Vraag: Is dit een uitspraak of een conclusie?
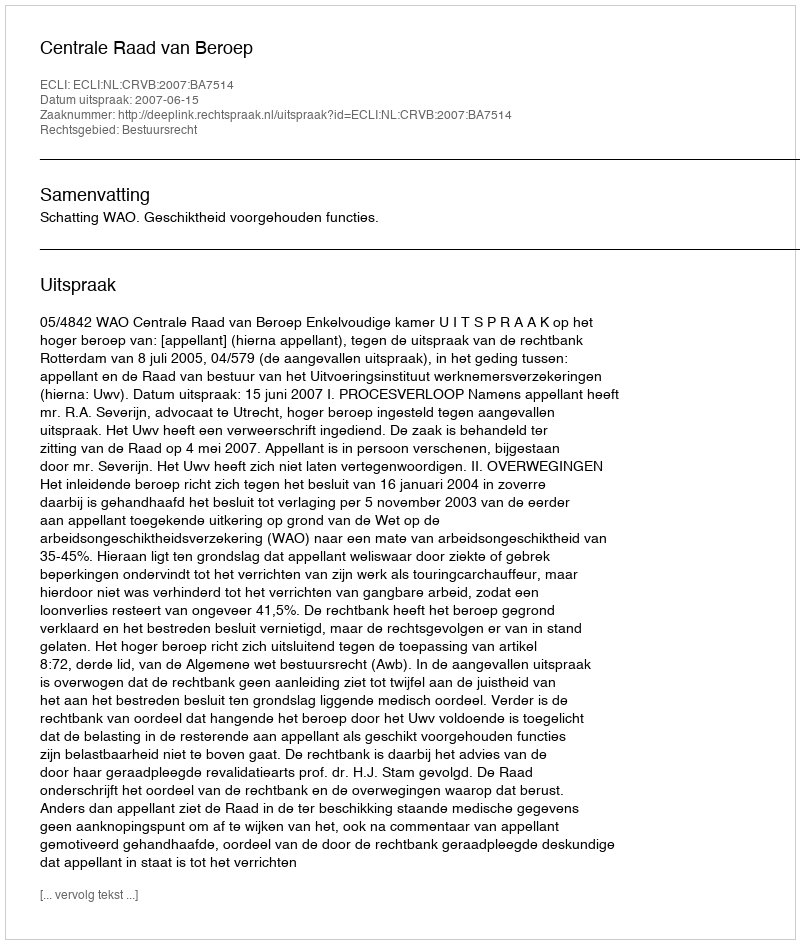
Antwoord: Uitspraak